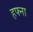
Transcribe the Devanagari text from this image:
हफ्ना